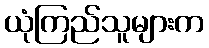
ယုံကြည်သူများက